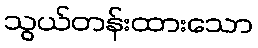
သွယ်တန်းထားသော